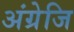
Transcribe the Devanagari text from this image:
अंग्रेजि